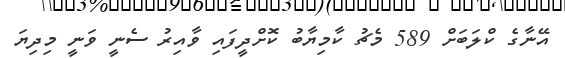
އޭނާގެ ކްލަބަށް 589 މެޗު ކާމިޔާބު ކޮށްދީފައި ވާއިރު ސެނީ ވަނީ މިދިޔަ